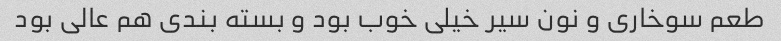
طعم سوخاری و نون سیر خیلی خوب بود و بسته بندی هم عالی بود